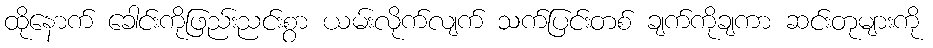
ထိုနောက် ခေါင်းကိုဖြည်းညင်းစွာ ယမ်းလိုက်လျက် သက်ပြင်းတစ် ချက်ကိုချကာ ဆင်းတုများကို